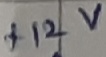
Text: +12V